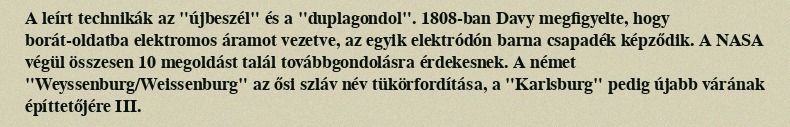
A leírt technikák az "újbeszél" és a "duplagondol". 1808-ban Davy megfigyelte, hogy borát-oldatba elektromos áramot vezetve, az egyik elektródón barna csapadék képződik. A NASA végül összesen 10 megoldást talál továbbgondolásra érdekesnek. A német "Weyssenburg/Weissenburg" az ősi szláv név tükörfordítása, a "Karlsburg" pedig újabb várának építtetőjére III.